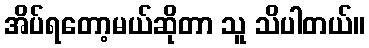
အိပ်ရတော့မယ်ဆိုတာ သူ သိပါတယ်။